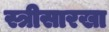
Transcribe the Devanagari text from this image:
स्त्रीसारखा